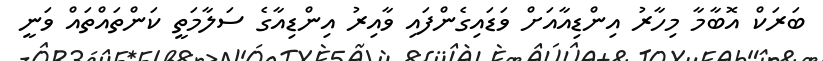
ބަރަކް އޮބާމާ މިހާރު އިންޑިއާއަށް ވަޑައިގެންފައި ވާއިރު އިންޑިއާގެ ސަލާމަތީ ކަންތައްތައް ވަނީ